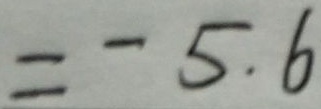
= - 5 . 6